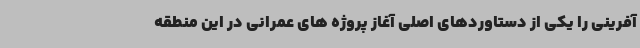
آفرینی را یکی از دستاوردهای اصلی آغاز پروژه های عمرانی در این منطقه